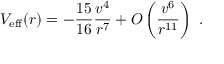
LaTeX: V _ { \mathrm { e f f } } ( r ) = - { \frac { 1 5 } { 1 6 } } { \frac { v ^ { 4 } } { r ^ { 7 } } } + { \cal O } \left( { \frac { v ^ { 6 } } { r ^ { 1 1 } } } \right) \ .